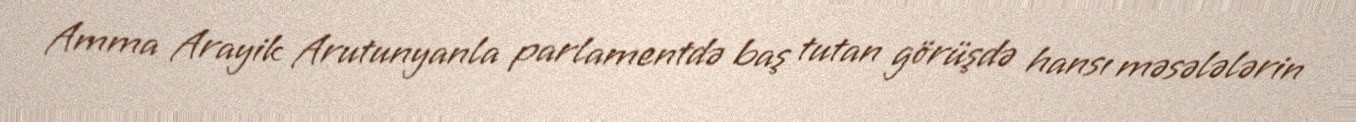
Amma Arayik Arutunyanla parlamentdə baş tutan görüşdə hansı məsələlərin